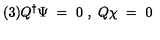
( 3 ) Q ^ { \dagger } \Psi \ = \ 0 \ , \ Q \chi \ = \ 0